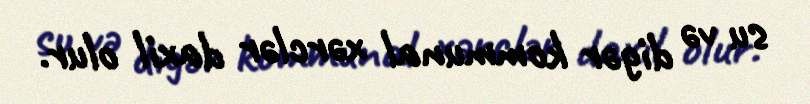
su və digər kommunal xərclər daxil olur.